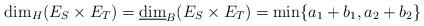
\begin{align*}\dim_H(E_S\times E_T)=\underline{\dim}_B(E_S\times E_T)=\min\{a_1+b_1, a_2+b_2\}\end{align*}